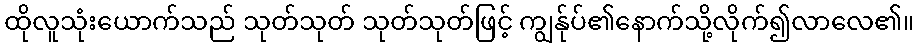
ထိုလူသုံးယောက်သည် သုတ်သုတ် သုတ်သုတ်ဖြင့် ကျွန်ုပ်၏နောက်သို့လိုက်၍လာလေ၏။